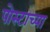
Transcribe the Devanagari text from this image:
पोस्टाच्या